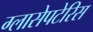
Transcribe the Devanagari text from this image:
ग्लासेपटेरिस